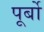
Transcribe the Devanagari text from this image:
पूर्बो